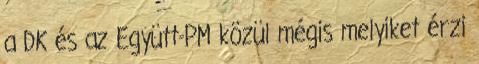
a DK és az Együtt-PM közül mégis melyiket érzi